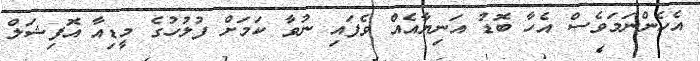
އެހެންނަމަވެސް އެހާ ބޮޑު އަނިޔާއެއް ވެފައި ނުވާ ކަމަށް ފުލުހުގެ މީޑިއާ އޮފިޝަލް